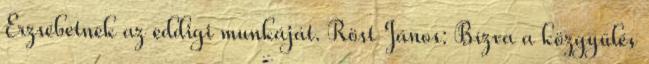
Erzsébetnek az eddigi munkáját. Röst János: Bízva a közgyűlés